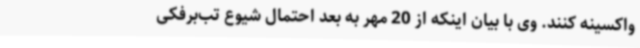
واکسینه کنند. وی با بیان اینکه از 20 مهر به بعد احتمال شیوع تب‌برفکی